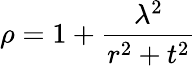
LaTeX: \rho=1+\frac{\lambda^{2}}{r^{2}+t^{2}}